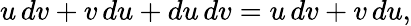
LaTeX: u\, dv+v\, du+du\, dv=u\, dv+v\, du,